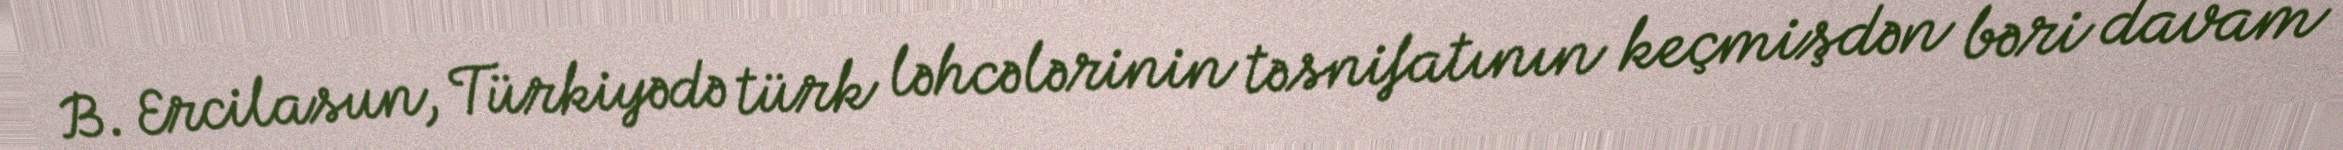
B. Ercilasun, Türkiyədə türk ləhcələrinin təsnifatının keçmişdən bəri davam